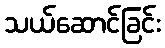
သယ်ဆောင်ခြင်း